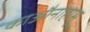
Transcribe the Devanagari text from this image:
काऔनाहामू